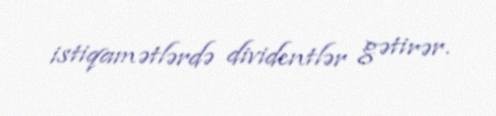
istiqamətlərdə dividentlər gətirər.